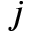
j